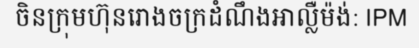
ចិនក្រុមហ៊ុនរោងចក្រដំណឹងអាល្លឺម៉ង់: IPM